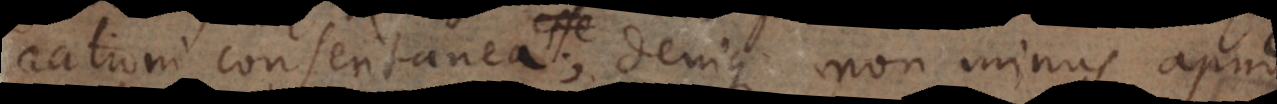
rationi consentanea; denique non minus apud